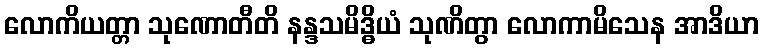
လောကိယတ္တာ သုဏောတီတိ နန္ဒသမိဒ္ဓိယံ သုဏိတွာ လောကာမိသေန အာဒိယာ